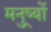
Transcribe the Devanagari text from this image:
मनु्ष्यों